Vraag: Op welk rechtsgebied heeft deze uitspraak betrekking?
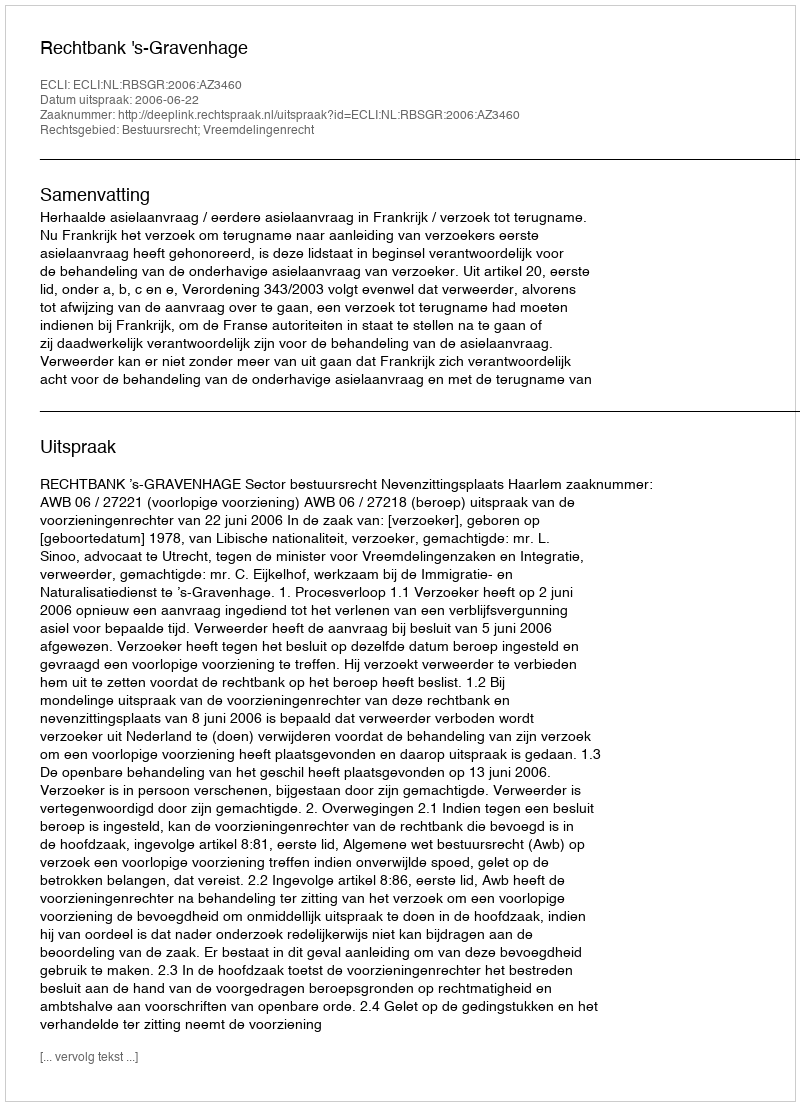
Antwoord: Bestuursrecht; Vreemdelingenrecht